Indian journal of veterinary science and animal husbandry - Volume 4,
Year: 1934
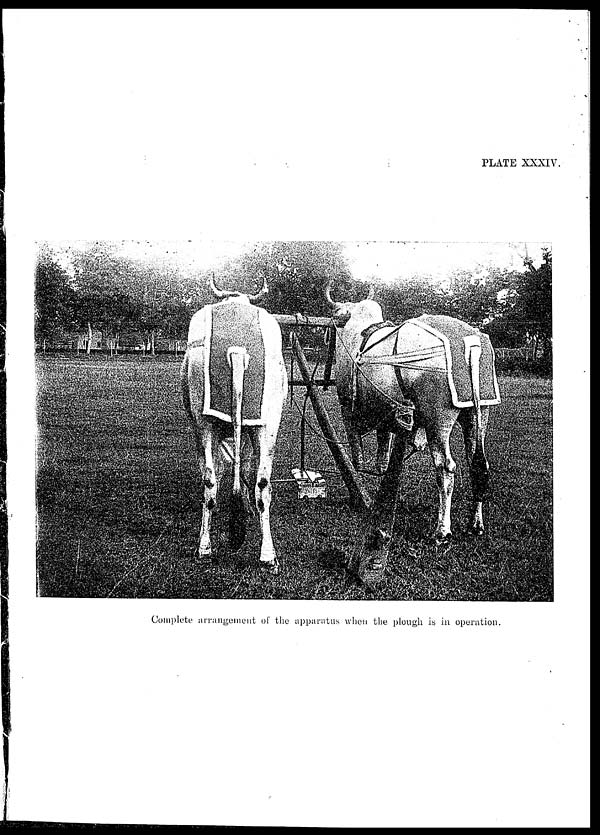
PLATE XXXIV.
Complete arrangement of the apparatus when the plough is in operation.